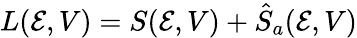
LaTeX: L(\mathcal{E},V)=S(\mathcal{E},V)+\hat{{S}}_{a}(\mathcal{E},V)